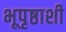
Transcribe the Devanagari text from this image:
भूपृष्ठाशी